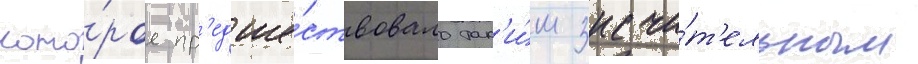
кото́рое пр'едше́ствовало так'и́м значи́т'ельным